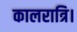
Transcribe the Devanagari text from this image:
कालरात्रि।